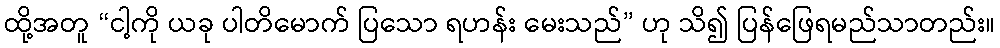
ထို့အတူ “ငါ့ကို ယခု ပါတိမောက် ပြသော ရဟန်း မေးသည်” ဟု သိ၍ ပြန်ဖြေရမည်သာတည်း။